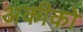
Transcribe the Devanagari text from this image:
अकीको